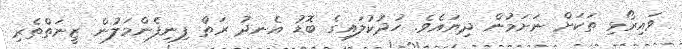
ވައިރޯޅި ތަކަށް ނަށަމުން ދިޔައެވެ. ހުދުކުލައިގެ ބޮޑު އެނދު ރަތް ފިނިފެންމަލުން ޒީނަތްތެރި